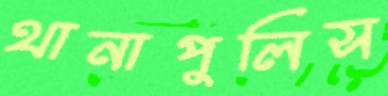
থানাপুলিস